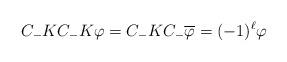
LaTeX: \begin{align*}C_-KC_-K\varphi=C_-KC_-\overline{\varphi}=(-1)^\ell\varphi\end{align*}